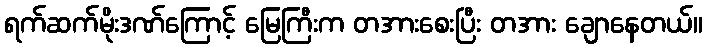
ရက်ဆက်မိုးဒဏ်ကြောင့် မြေကြီးက တအားစေးပြီး တအား ချောနေတယ်။